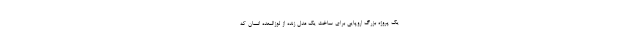
یک پروژه بزرگ اروپایی برای ساخت یک مدل زنده از لوزالمعده انسان که